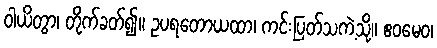
ဝါယိတွာ၊ တိုက်ခတ်၍။ ဥပရတောယထာ၊ ကင်းပြတ်သကဲ့သို့။ ဧဝမေဝ၊